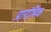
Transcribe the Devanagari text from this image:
प्रारांभिक